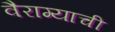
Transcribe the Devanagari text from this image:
वैराग्‍याची